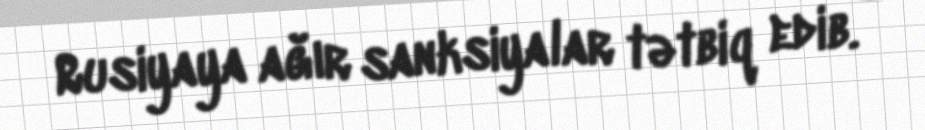
Rusiyaya ağır sanksiyalar tətbiq edib.